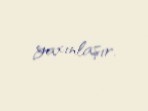
yaxınlaşır.